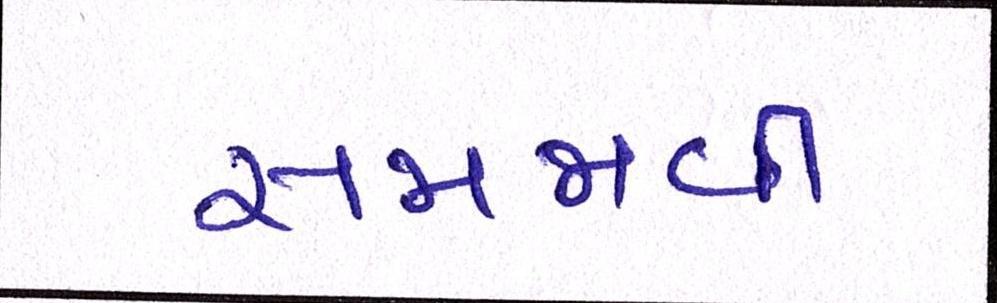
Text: સમજાવી